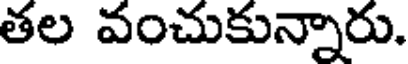
తల వంచుకున్నారు.